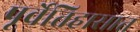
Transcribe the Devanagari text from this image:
पूर्वेतिहासात